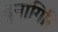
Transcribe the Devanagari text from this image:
दुनागिरि